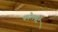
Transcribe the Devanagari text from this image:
फोलपटे